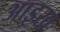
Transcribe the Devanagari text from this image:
आइख